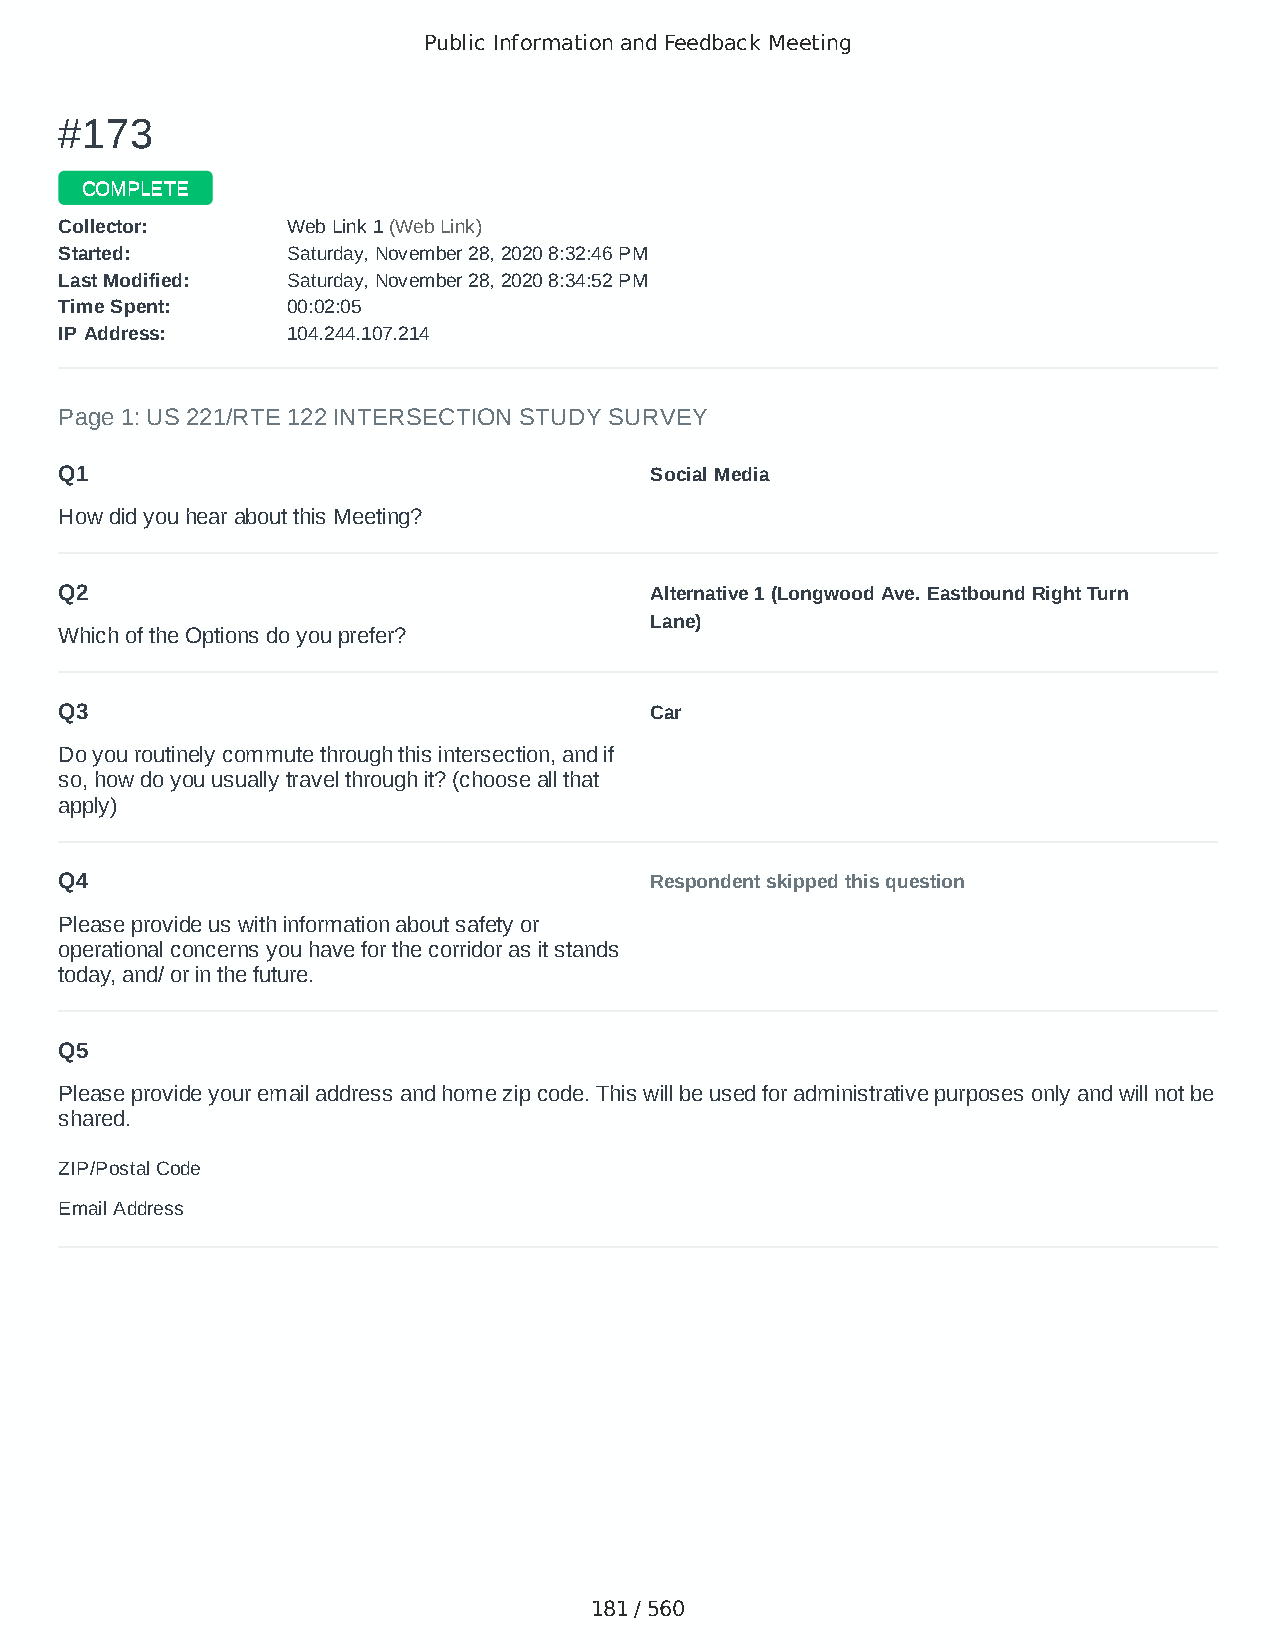
Public Information and Feedback Meeting
 ##117733
 CCOOMMPPLLEETTEE
 CCoolllleeccttoorr:: WWeebb LLiinnkk 11 ((WWeebb LLiinnkk))
 SSttaarrtteedd:: SSaattuurrddaayy,, NNoovveemmbbeerr 2288,, 22002200 88::3322::4466 PPMM
 LLaasstt MMooddiiffiieedd:: SSaattuurrddaayy,, NNoovveemmbbeerr 2288,, 22002200 88::3344::5522 PPMM
 TTiimmee SSppeenntt:: 0000::0022::0055
 IIPP AAddddrreessss:: 110044..224444..110077..221144
 Page 1: US 221/RTE 122 INTERSECTION STUDY SURVEY
 Q1                                     Social Media
 How did you hear about this Meeting?
 Q2                                     Alternative 1 (Longwood Ave. Eastbound Right Turn
 Lane)
 Which of the Options do you prefer?
 Q3                                     Car
 Do you routinely commute through this intersection, and if
 so, how do you usually travel through it? (choose all that
 apply)
 Q4                                     Respondent skipped this question
 Please provide us with information about safety or
 operational concerns you have for the corridor as it stands
 today, and/ or in the future.
 Q5
 Please provide your email address and home zip code. This will be used for administrative purposes only and will not be
 shared.
 ZIP/Postal Code                        24523
 Email Address                          slh112066@gmail.com
 181 / 560